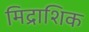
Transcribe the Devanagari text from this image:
मिद्राशिक